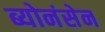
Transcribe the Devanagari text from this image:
ब्योनंसेन